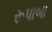
રૂપાબા